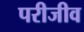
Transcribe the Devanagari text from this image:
परीजीव